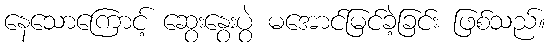
နေသောကြောင့် ဆွေးနွေးပွဲ မအောင်မြင်ခဲ့ခြင်း ဖြစ်သည်။